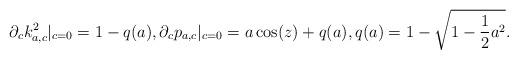
LaTeX: \begin{align*}\partial_ck_{a,c}^2|_{c=0} = 1-q(a), \partial_cp_{a,c}|_{c=0} = a \cos(z) + q(a),q(a)=1-\sqrt{1-\frac12 a^2}.\end{align*}